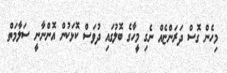
މިހެން ގޮސް ދަރަންޏެއް ނެގި މީހާގެ ބޮލުގައި ދުވަސް ކޮޅަކުން އޮންނާނީ ސަލާމަތް